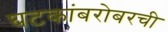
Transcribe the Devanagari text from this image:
घटकांबरोबरची